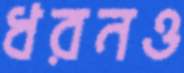
ধরনও